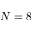
N = 8